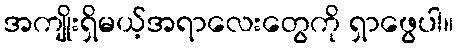
အကျိုးရှိမယ့်အရာလေးတွေကို ရှာဖွေပါ။